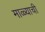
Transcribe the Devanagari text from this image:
माळ्याची